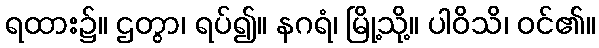
ရထား၌။ ဌတွာ၊ ရပ်၍။ နဂရံ၊ မြို့သို့။ ပါဝိသိ၊ ဝင်၏။